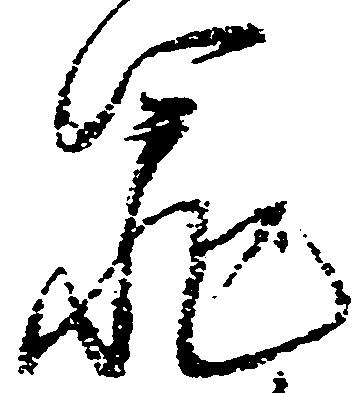
罪